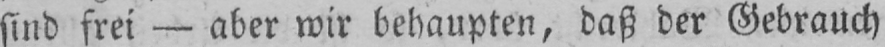
sind frei - aber wir behaupten, daß der Gebrauch